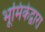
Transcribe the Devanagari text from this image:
भूमिकेद्वारा